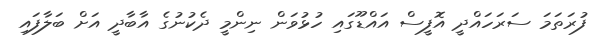
ފުރަތަމަ ސަރަހައްދީ އޮފީސް އައްޑޫގައި ހުޅުވަން ނިންމީ ދެކުނުގެ އާބާދީ އަށް ބަލާފައި